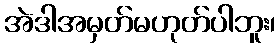
အဲဒါအမှတ်မဟုတ်ပါဘူး၊